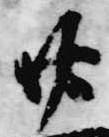
廿